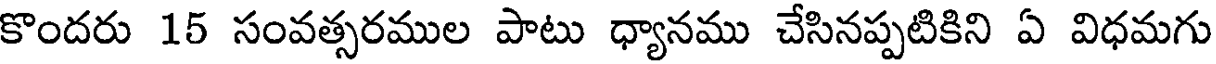
కొందరు 15 సంవత్సరముల పాటు ధ్యానము చేసినప్పటికిని ఏ విధమగు